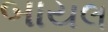
બાયલ